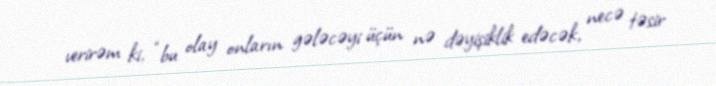
verirəm ki, “bu olay onların gələcəyi üçün nə dəyişiklik edəcək, necə təsir